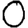
Digit: 0